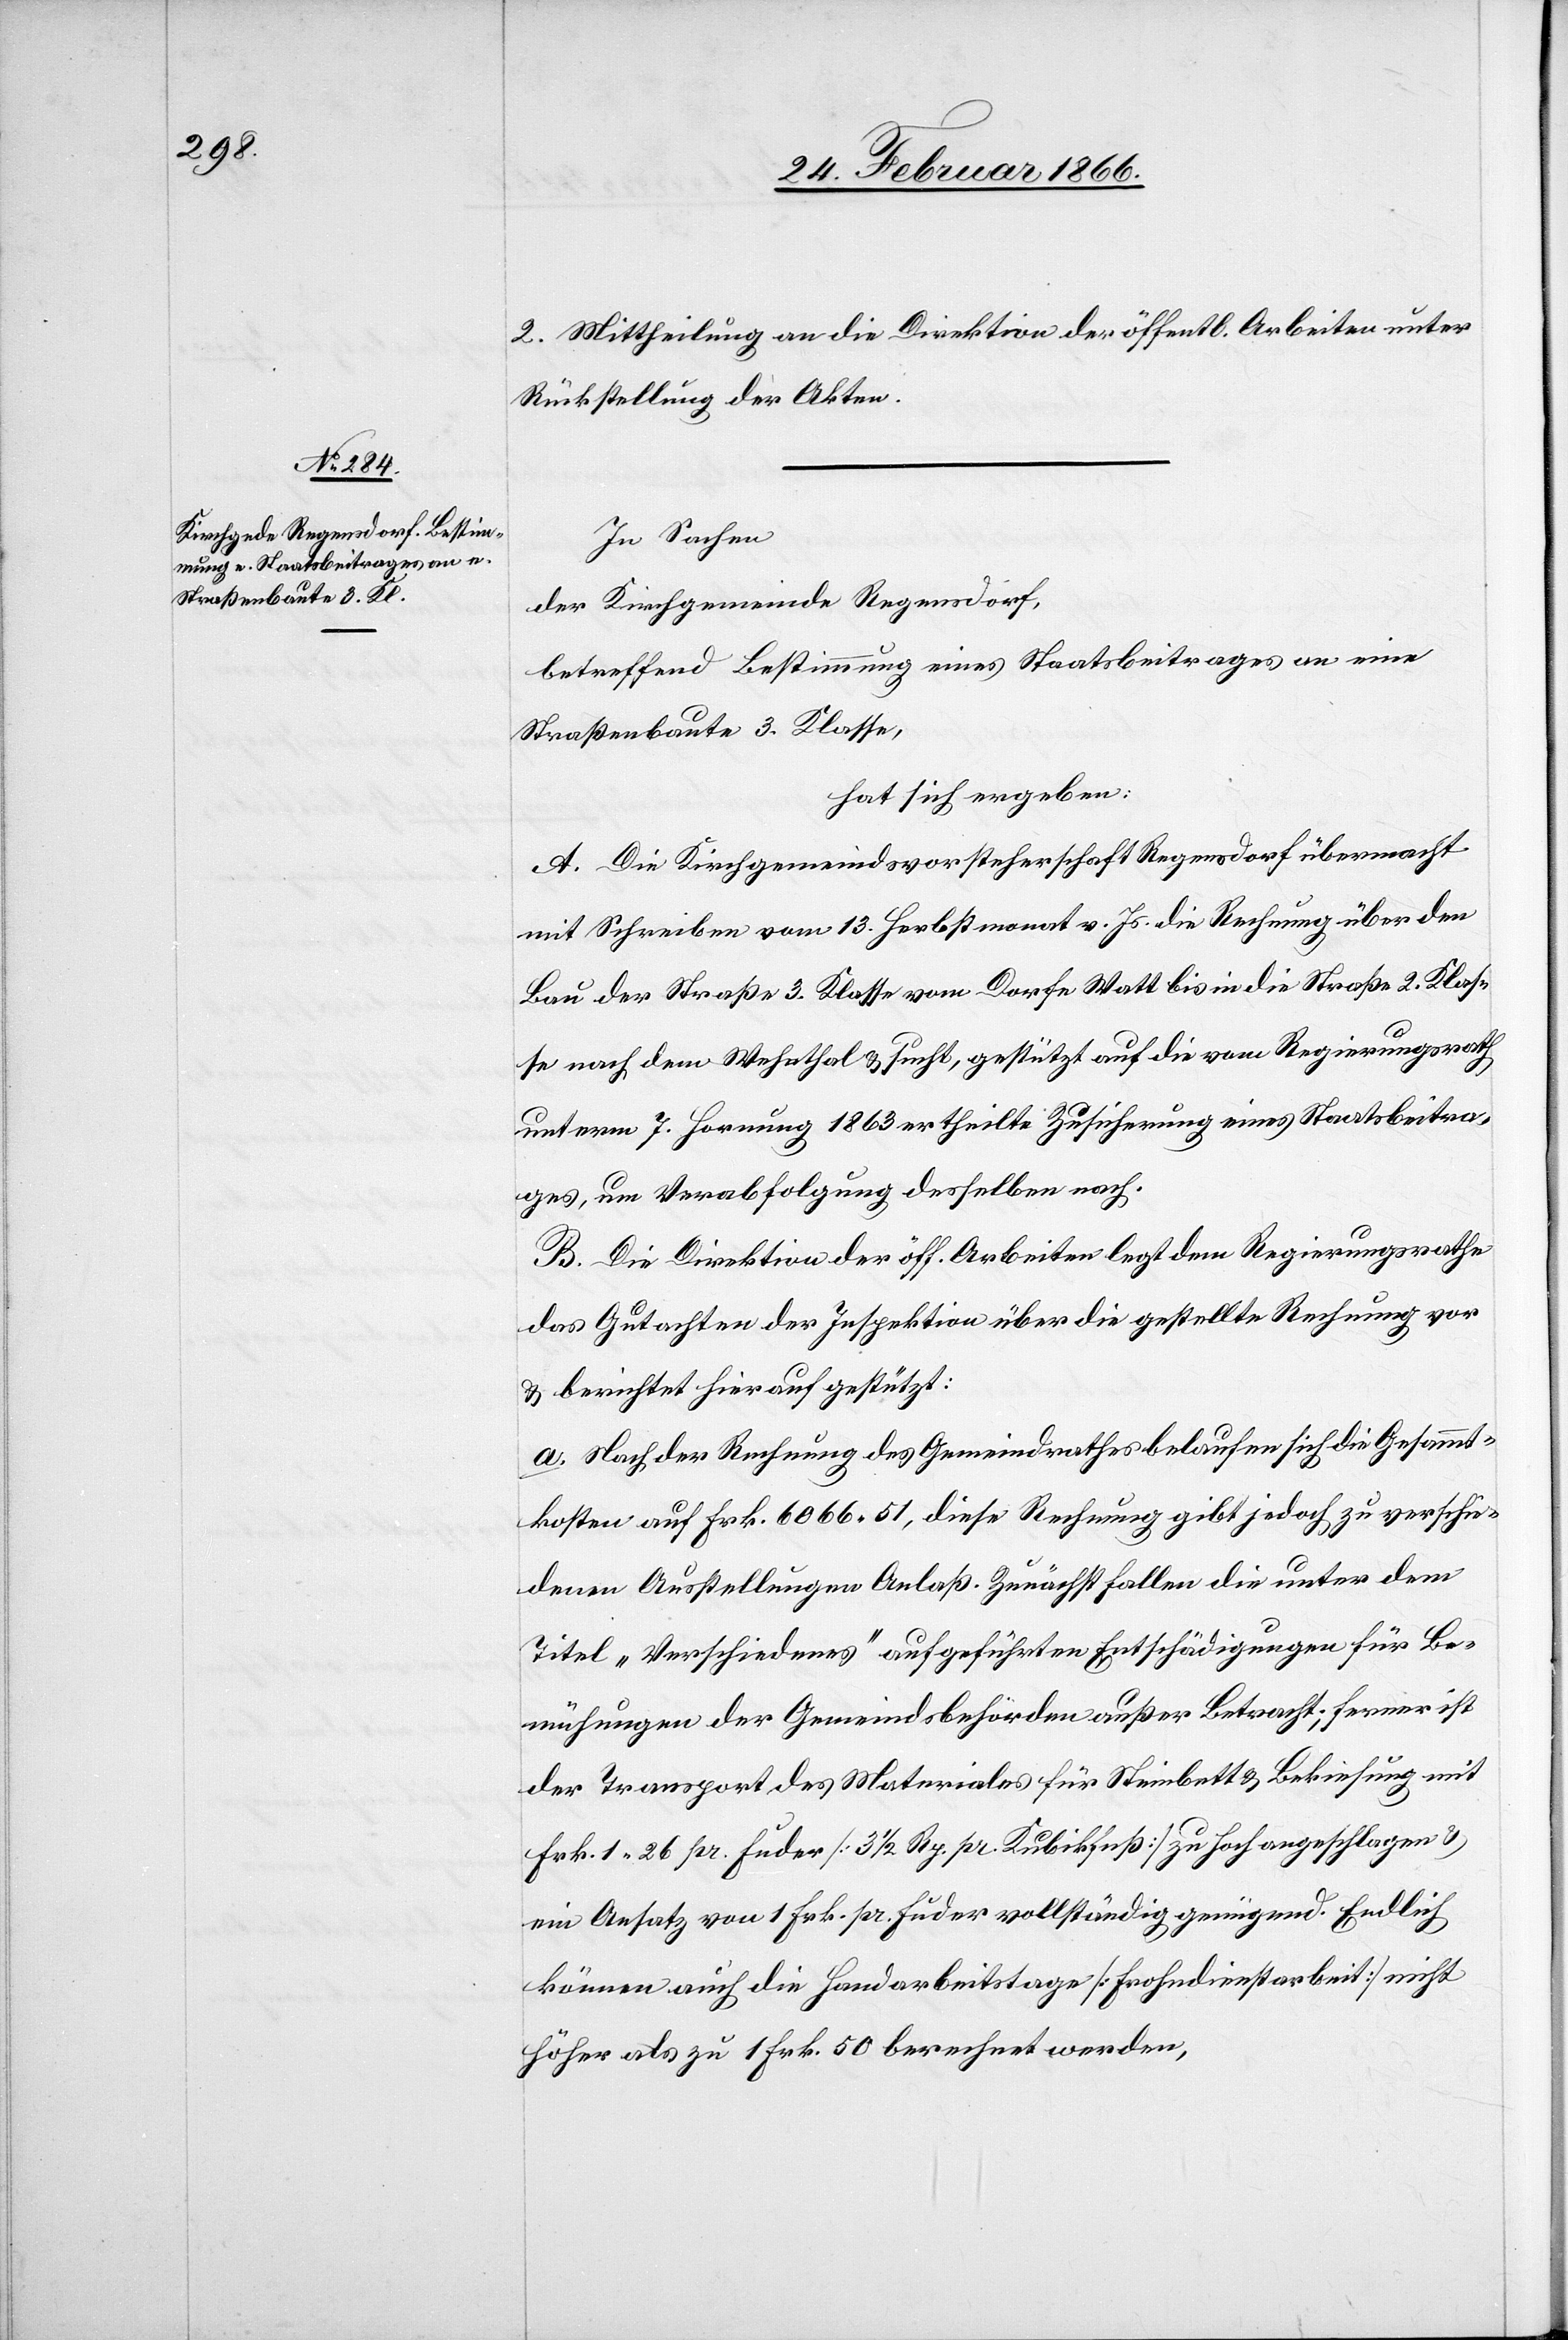
2. Mittheilung an die Direktion der öffentl. Arbeiten unter
Rückstellung der Akten.
In Sachen
der Kirchgemeinde Regensdorf,
betreffend Bestimmung eines Staatsbeitrages an eine
Straßenbaute 3. Klasse,
hat sich ergeben:
A. Die Kirchgemeindevorsteherschaft Regensdorf übermacht
mit Schreiben vom 13. Herbstmonat v. Js. die Rechnung über den
Bau der Straße 3. Klasse vom Dorfe Watt bis in die Straße 2. Klas¬
se nach dem Wehnthal u. sucht, gestützt auf die vom Regierungsrath
unterm 7. Hormung 1863 ertheilte Zusicherung eines Staatsbeitra¬
ges, um Verabfolgung desselben nach.
B. Die Direktion der öff. Arbeiten legt dem Regierungsrathe
das Gutachten der Inspektion über die gestellte Rechnung vor
u. berichtet hierauf gestützt:
a. Nach der Rechnung des Gemeindrathes belaufen sich die Gesammt¬
kosten auf Frk. 6066, 51, diese Rechnung gibt jedoch zu verschie¬
denen Ausstellungen Anlaß. Zunächst fallen die unter dem
Titel „Verschiedenes“ aufgeführten Entschädigungen für Be¬
mühungen der Gemeindsbehörden außer Betracht; ferner ist
der Transport des Materiales für Steinbett u. Bekiesung mit
Frk. 1 26 pr. Fuder [3 1/2 Rp. pr. Kubikfuß] zu hoch angeschlagen u.
ein Ansatz von 1 Frk. pr. Fuder vollständig genügend. Endlich
können auch die Handarbeitstage [Frohndienstarbeit] nicht
höher als zu 1 Frk. 50 berechnet werden.